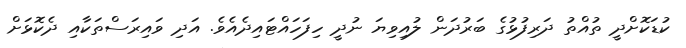
ކުޑަކޮށްދީ ތުއްތު ދަރިފުޅުގެ ބަރުދަން ލުއިވިޔަ ނުދީ ހިފަހައްޓައިދެއެވެ. އަދި ވައިރަސްތަކާއި ދެކޮޅަށް